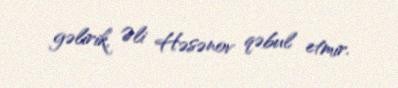
gəlirik, Əli Həsənov qəbul etmir.